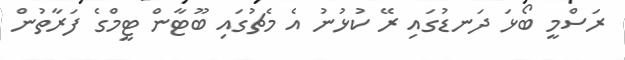
ރަސްމީ ބޯޅަ ދަނޑުގައި ރޭ ކުޅުނު އެ މެޗުގައި ބޫޓާން ޓީމްގެ ފަރާތުން